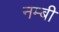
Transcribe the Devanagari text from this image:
नम्बी